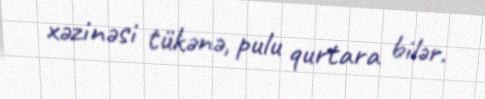
xəzinəsi tükənə, pulu qurtara bilər.